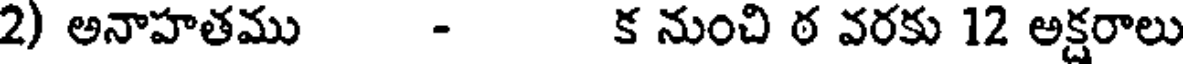
2) అనాహతము - క నుంచి ఠ వరకు 12 అక్షరాలు